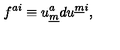
f ^ { a i } \equiv u _ { \underline { m } } ^ { a } d u ^ { \underline { m } i } ,